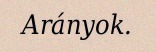
Arányok.